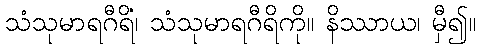
သံသုမာရဂီရိံ၊ သံသုမာရဂီရိကို။ နိဿာယ၊ မှီ၍။